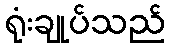
ရုံးချုပ်သည်